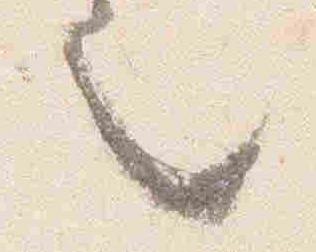
也